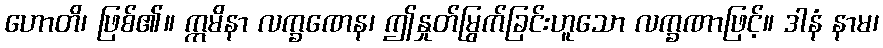
ဟောတိ၊ ဖြစ်၏။ ဣမိနာ လက္ခဏေန၊ ဤနှုတ်မြွက်ခြင်းဟူသော လက္ခဏာဖြင့်။ ဒါနံ နာမ၊